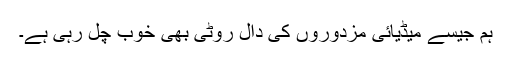
ہم جیسے میڈیائی مزدوروں کی دال روٹی بھی خوب چل رہی ہے۔